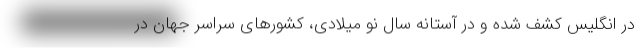
در انگلیس کشف شده و در آستانه سال نو میلادی، کشورهای سراسر جهان در